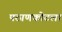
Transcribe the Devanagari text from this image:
पठाणकोटला